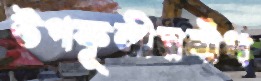
উপকূলীয়বাঁধ